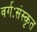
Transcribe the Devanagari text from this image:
वर्गःसंस्कृत